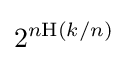
2^{n\mathrm {H} (k/n)}